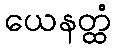
ယေနတ္ထံ